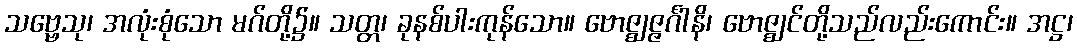
သဗ္ဗေသု၊ အလုံးစုံသော မဂ်တို့၌။ သတ္တ၊ ခုနစ်ပါးကုန်သော။ ဗောဇ္ဈဇ္ဇင်္ဂါနိ၊ ဗောဇ္ဈင်တို့သည်လည်းကောင်း။ အဋ္ဌ၊